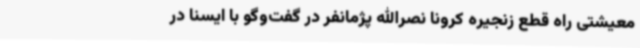
معیشتی راه قطع زنجیره کرونا نصرالله پژمانفر در گفت‌وگو با ایسنا در